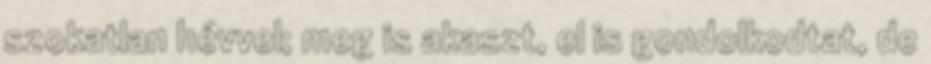
szokatlan hévvel; meg is akaszt, el is gondolkodtat, de